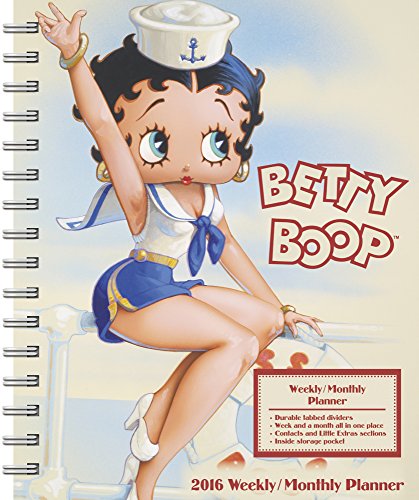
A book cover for Betty Boop Weekly and Monthly Planner (2016); Day Dream; Calendars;